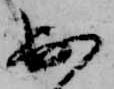
出